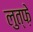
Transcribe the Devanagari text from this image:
लुत्फ़े